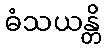
ဓံသယန္တိ